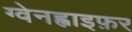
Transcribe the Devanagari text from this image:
ग्वेनह्वाइफ़र